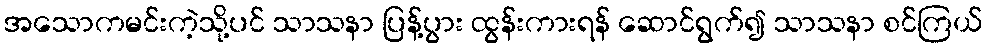
အသောကမင်းကဲ့သို့ပင် သာသနာ ပြန့်ပွား ထွန်းကားရန် ဆောင်ရွက်၍ သာသနာ စင်ကြယ်